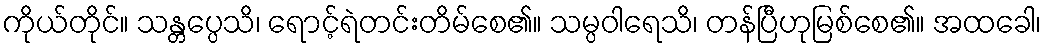
ကိုယ်တိုင်။ သန္တပ္ပေသိ၊ ရောင့်ရဲတင်းတိမ်စေ၏။ သမ္ပဝါရေသိ၊ တန်ပြီဟုမြစ်စေ၏။ အထခေါ၊